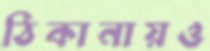
ঠিকানায়ও